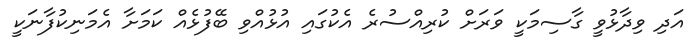
އަދި ވިދާޅުވީ ގާސިމަކީ ވަރަށް ކުރިއްސުރެ އެކުގައި އުޅުއްވި ބޭފުޅެއް ކަމަށާ އެމަނިކުފާނަކީ